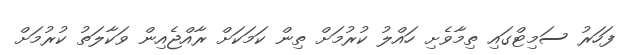
ފަހަރު ސަމިޓްގައި ތިމާވެށި ހައްލު ކުރުމަށް ތިން ކަމަކަށް ރާއްޖެއިން ވަކާލަތު ކުރުމަށް